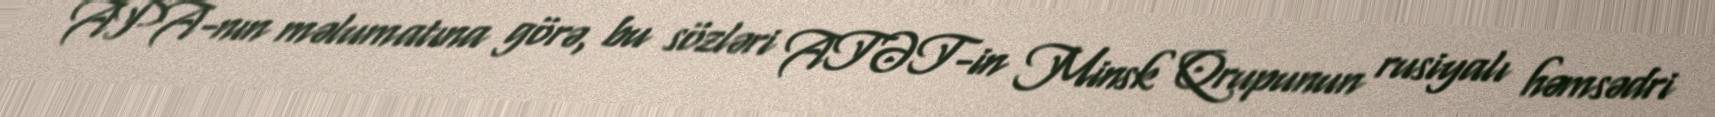
APA-nın məlumatına görə, bu sözləri ATƏT-in Minsk Qrupunun rusiyalı həmsədri